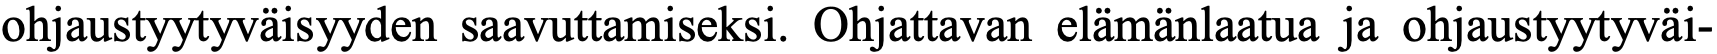
ohjaustyytyväisyyden saavuttamiseksi. Ohjattavan elämänlaatua ja ohjaustyytyväi-